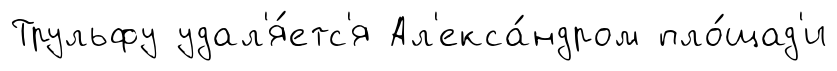
Трульфу удал'я́етс'я Ал'екса́ндром пло́щад'и